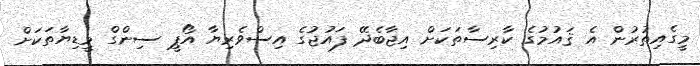
މީގެއިތުރުން އެ ޤައުމުގެ ކާރިސާތަކަށް އިޖާބެދޭ ފައުޖުގެ އިސްވެރިޔާ އޯޕީ ސިންގް މީޑިޔާތަކަށް